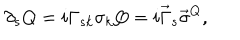
\partial _ { s } Q = i \Gamma _ { s k } \sigma _ { k } Q = i \vec { \Gamma } _ { s } \vec { \sigma } ^ { Q } ,